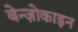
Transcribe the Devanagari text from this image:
बेन्ज़ोकाइन